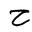
Letter: _ha